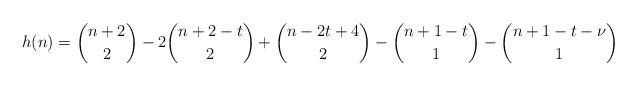
LaTeX: \begin{align*}h(n)=\binom{n+2}{2}-2\binom{n+2-t}{2}+\binom{n-2t+4}{2}-\binom{n+1-t}{1}-\binom{n+1-t-\nu}{1}\end{align*}